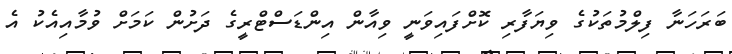
ބަރަހަނާ ފިލްމުތަކުގެ ވިޔަފާރި ކޮށްފައިވަނީ ވިއާން އިންޑަސްޓްރީގެ ދަށުން ކަމަށް ވުމާއިއެކު އެ